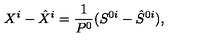
X ^ { i } - \hat { X } ^ { i } = \frac { 1 } { P ^ { 0 } } ( S ^ { 0 i } - \hat { S } ^ { 0 i } ) ,